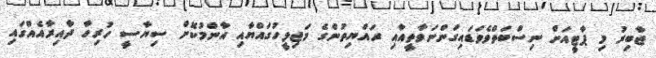
ޖާބިރު މި ޕާޓީއަށް ނިސްބަތްވެވަޑައިގަންނަވާތީއާއި ރައްޔިތުންގެ މަޖިލީހުގައްޔާއި އާންމުކޮށް ސިޔާސީ ހުރިހާ ދާއިރާއެއްގައި